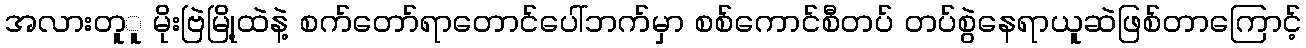
အလားတူူ မိုးဗြဲမြို့ထဲနဲ့ စက်တော်ရာတောင်ပေါ်ဘက်မှာ စစ်ကောင်စီတပ် တပ်စွဲနေရာယူဆဲဖြစ်တာကြောင့်